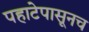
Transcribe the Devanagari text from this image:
पहाटेपासूनच